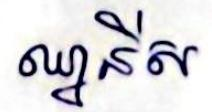
ឈ្នានីស